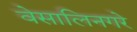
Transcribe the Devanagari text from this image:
वेसालिनगरे